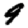
Digit: 9